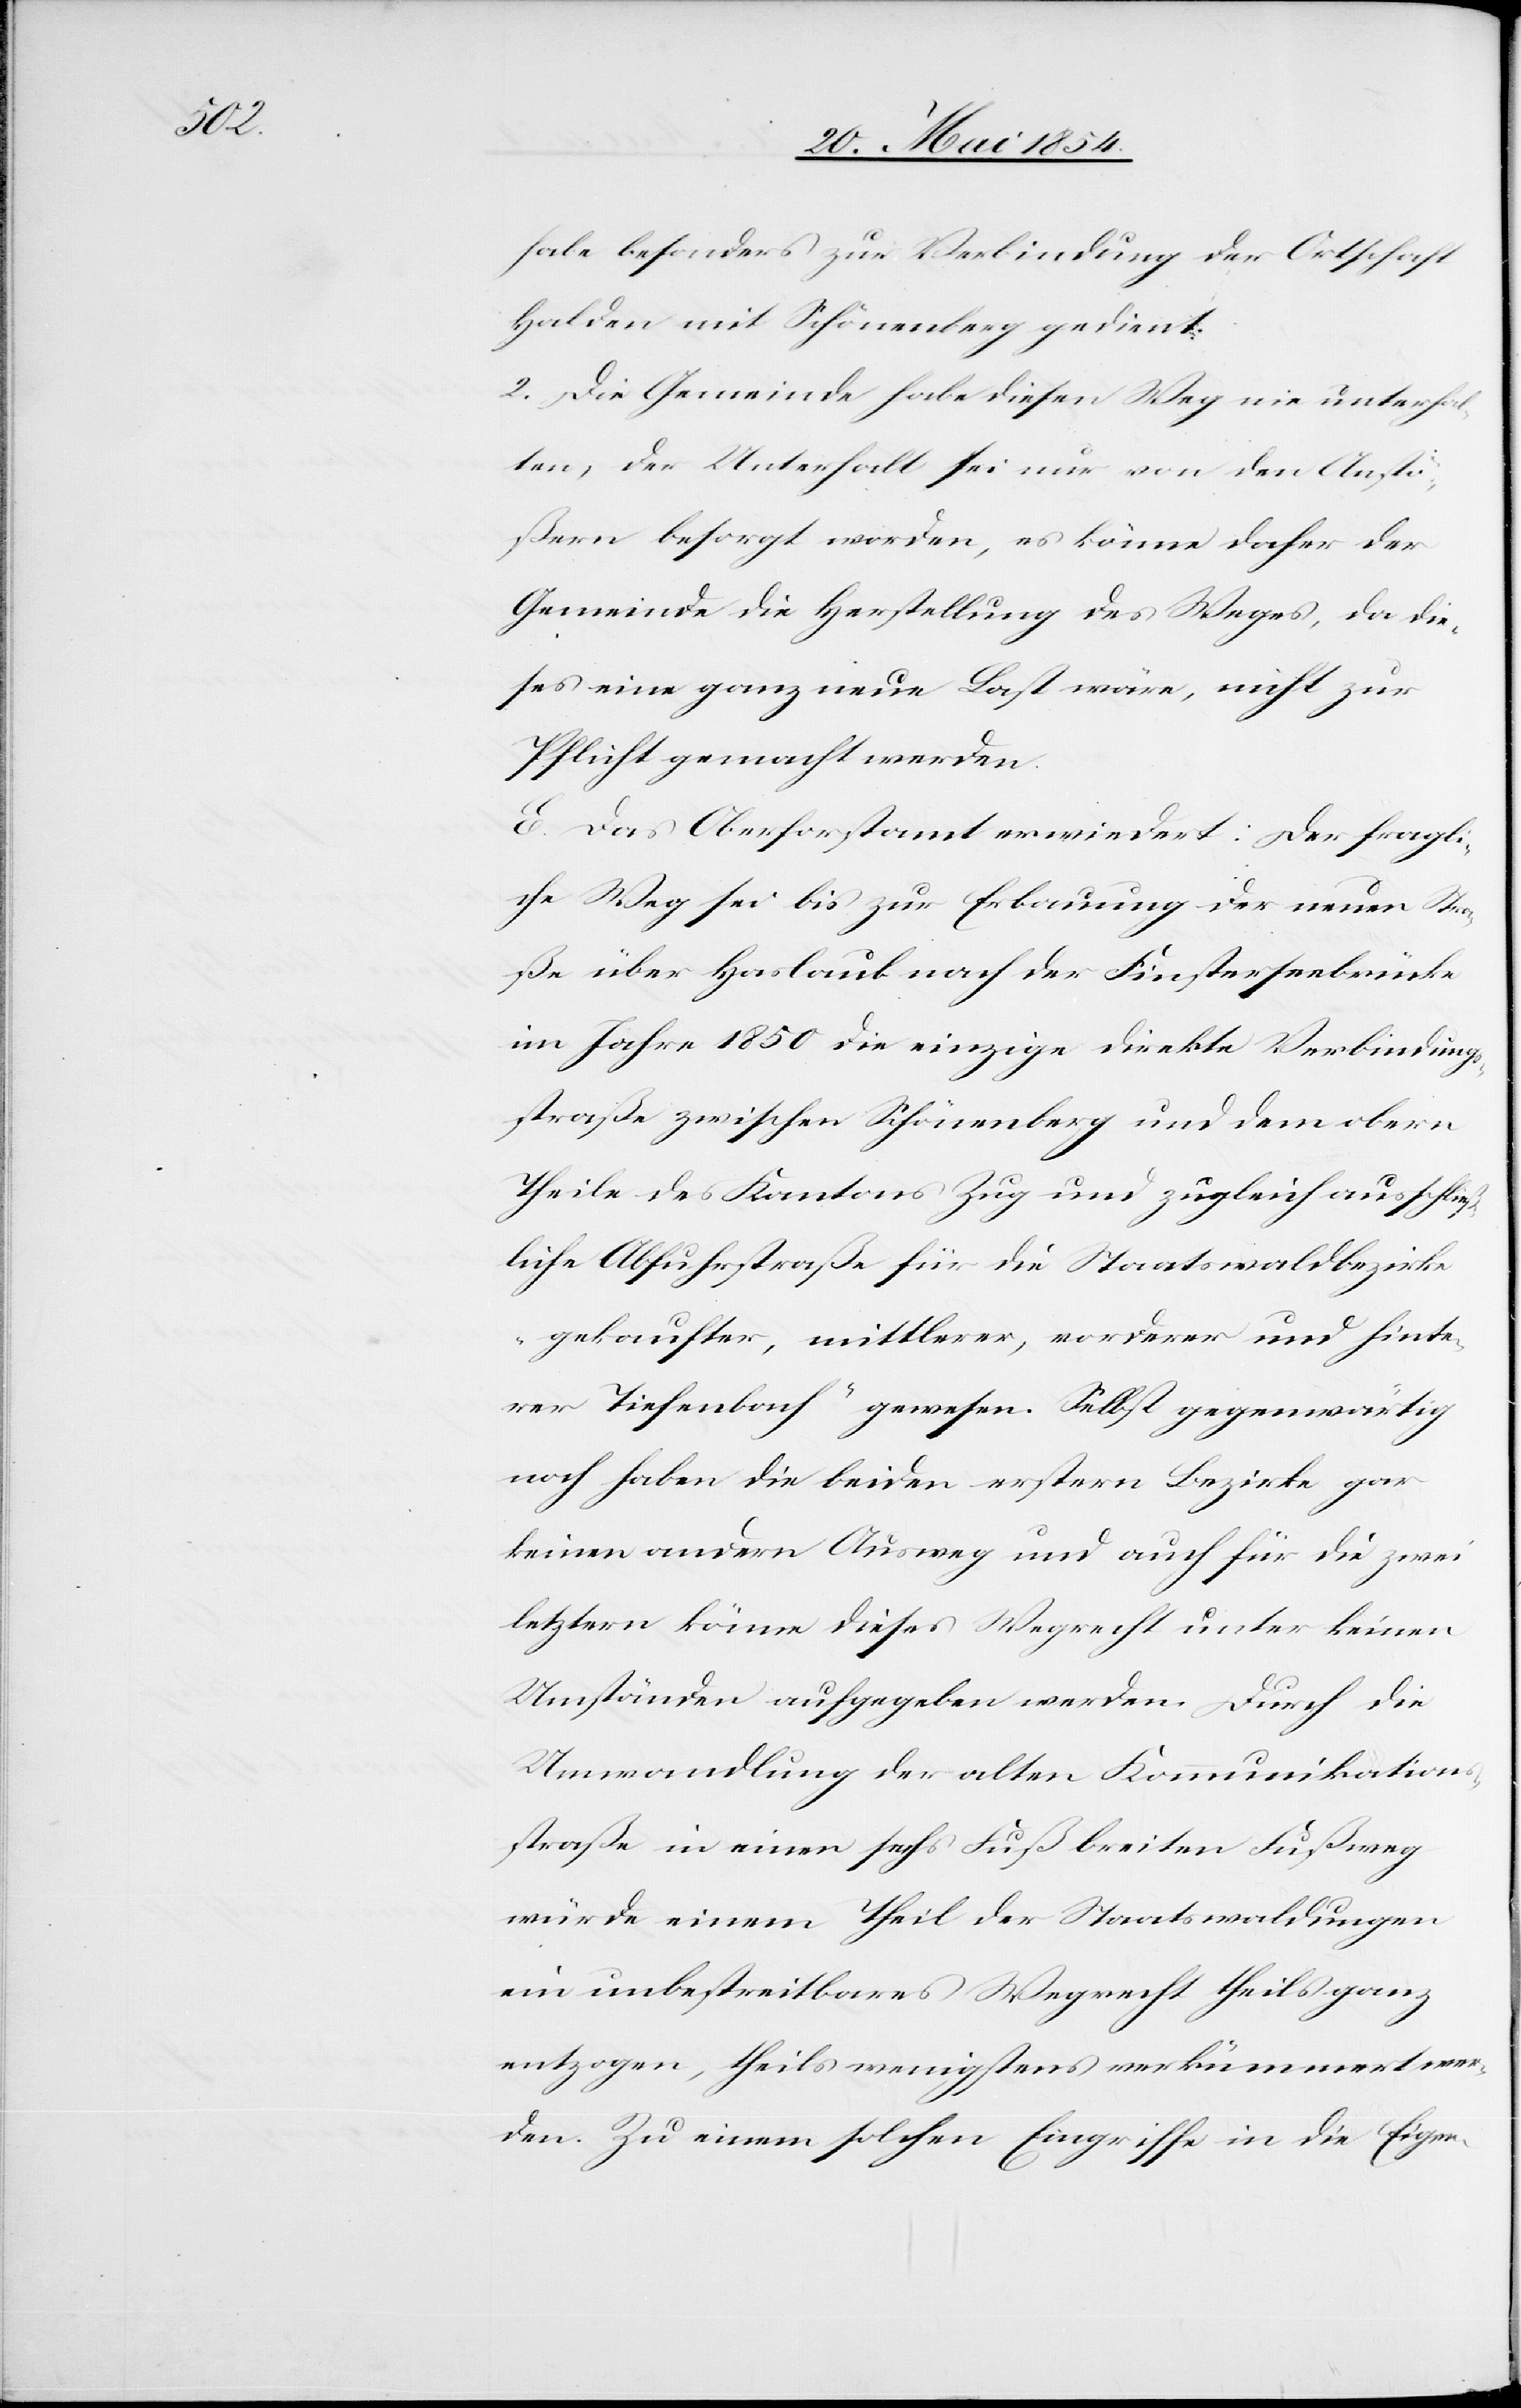
habe besonders zur Verbindung der Ortschaft
Halden mit Schönenberg gedient.
2. Die Gemeinde habe diesen Weg nie unterhal¬
ten, der Unterhalt sei nur von den Anstö¬
ßern besorgt worden, es könne daher der
Gemeinde die Herstellung des Weges, da die¬
ses eine ganz neue Last wäre, nicht zur
Pflicht gemacht werden.
E. Das Oberforstamt erwiedert: Der fragli¬
che Weg sei bis zur Erbauung der neuen Stra¬
ße über Haslaub nach der Finsterseebrücke
im Jahre 1850 die einzige direkte Verbindung¬
sstraße zwischen Schönenberg und dem obern
Theile des Kantons Zug und zugleich ausschließ¬
liche Abfuhrstraße für die Staatswaldbezirke
„gekaufter, mittlerer, vorderer und hinte¬
rer Tiefenbach“ gewesen. Selbst gegenwärtig
noch haben die beiden erstern Bezirke gar
keinen andern Ausweg und auch für die zwei
letztern könne dieses Wegrecht unter keinen
Umständen aufgegeben werden. Durch die
Umwandlung der alten Kommunikations¬
straße in einen sechs Fuß breiten Fußweg
würde einem Theil der Staatswaldungen
ein unbestreitbares Wegrecht theils ganz
entzogen, theils wenigstens verkümmert wer¬
den. Zu einem solchen Eingriffe in die Eigen-